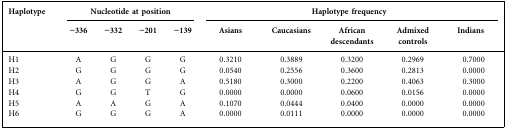
<table><thead><tr><td rowspan="2"><b>Haplotype</b></td><td colspan="4"><b>Nucleotide at position</b></td><td colspan="5"><b>Haplotype frequency</b></td></tr><tr><td><b>−336</b></td><td><b>−332</b></td><td><b>−201</b></td><td><b>−139</b></td><td><b>Asians</b></td><td><b>Caucasians</b></td><td><b>African descendants</b></td><td><b>Admixed controls</b></td><td><b>Indians</b></td></tr></thead><tbody><tr><td>H1</td><td>A</td><td>G</td><td>G</td><td>G</td><td>0.3210</td><td>0.3889</td><td>0.3200</td><td>0.2969</td><td>0.7000</td></tr><tr><td>H2</td><td>G</td><td>G</td><td>G</td><td>G</td><td>0.0540</td><td>0.2556</td><td>0.3600</td><td>0.2813</td><td>0.0000</td></tr><tr><td>H3</td><td>A</td><td>G</td><td>G</td><td>A</td><td>0.5180</td><td>0.3000</td><td>0.2200</td><td>0.4063</td><td>0.3000</td></tr><tr><td>H4</td><td>G</td><td>G</td><td>T</td><td>G</td><td>0.0000</td><td>0.0000</td><td>0.0600</td><td>0.0156</td><td>0.0000</td></tr><tr><td>H5</td><td>A</td><td>A</td><td>G</td><td>A</td><td>0.1070</td><td>0.0444</td><td>0.0400</td><td>0.0000</td><td>0.0000</td></tr><tr><td>H6</td><td>G</td><td>G</td><td>G</td><td>A</td><td>0.0000</td><td>0.0111</td><td>0.0000</td><td>0.0000</td><td>0.0000</td></tr></tbody></table>